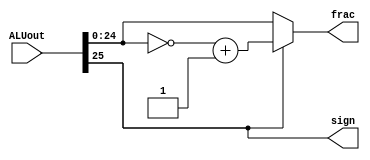
module signToUnsign26(input [25:0] ALUout, output reg sign, output reg [24:0] frac);
	always @ (ALUout)
	begin
		sign=ALUout[25];
		frac=ALUout[24:0];
		if (sign==1)
		begin
			frac=~frac+1;
		end
	end
endmodule